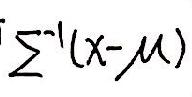
\(\sum^{-1}(x - \mu)\)